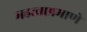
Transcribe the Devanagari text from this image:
महत्त्वाप्रमाणे